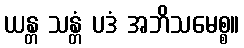
ယန္တ သန္တံ ပဒံ အဘိသမေစ္စ။